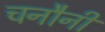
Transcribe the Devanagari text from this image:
चनौनी